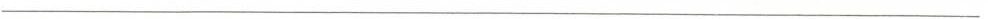
___